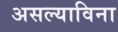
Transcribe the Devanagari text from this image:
असल्याविना